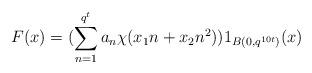
LaTeX: \begin{align*}F(x) = (\sum_{n = 1}^{q^t}a_{n}\chi(x_1 n + x_{2}n^2))1_{B(0, q^{10t})}(x)\end{align*}